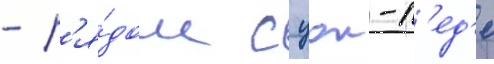
- р'я́дом с цои-п'ед'е